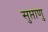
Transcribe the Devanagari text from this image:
सुप्ताणु